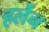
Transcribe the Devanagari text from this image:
हर्लेन